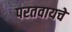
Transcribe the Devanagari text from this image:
परतवायचे